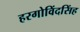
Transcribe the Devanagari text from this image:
हरगोविंदसिंह